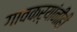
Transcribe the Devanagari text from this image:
गावकऱ्यांनीही